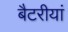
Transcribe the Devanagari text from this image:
बैटरीयां